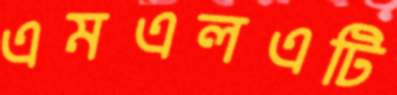
এমএলএটি